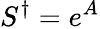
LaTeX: S^{\dagger}=e^{A}